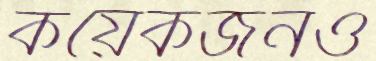
কয়েকজনও